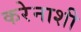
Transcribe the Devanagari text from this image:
करेेनाशी